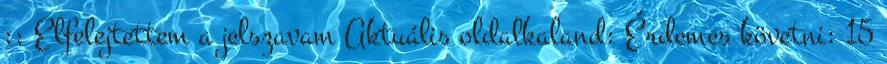
:: Elfelejtettem a jelszavam Aktuális oldalkaland: Érdemes követni: 15